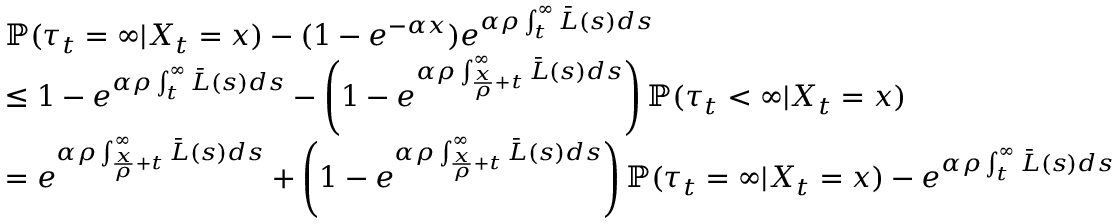
\begin{array} { r l } & { \mathbb { P } ( \tau _ { t } = \infty | X _ { t } = x ) - ( 1 - e ^ { - \alpha x } ) e ^ { \alpha \rho \int _ { t } ^ { \infty } \bar { L } ( s ) d s } } \\ & { \leq 1 - e ^ { \alpha \rho \int _ { t } ^ { \infty } \bar { L } ( s ) d s } - \left( 1 - e ^ { \alpha \rho \int _ { \frac { x } { \rho } + t } ^ { \infty } \bar { L } ( s ) d s } \right) \mathbb { P } ( \tau _ { t } < \infty | X _ { t } = x ) } \\ & { = e ^ { \alpha \rho \int _ { \frac { x } { \rho } + t } ^ { \infty } \bar { L } ( s ) d s } + \left( 1 - e ^ { \alpha \rho \int _ { \frac { x } { \rho } + t } ^ { \infty } \bar { L } ( s ) d s } \right) \mathbb { P } ( \tau _ { t } = \infty | X _ { t } = x ) - e ^ { \alpha \rho \int _ { t } ^ { \infty } \bar { L } ( s ) d s } } \end{array}